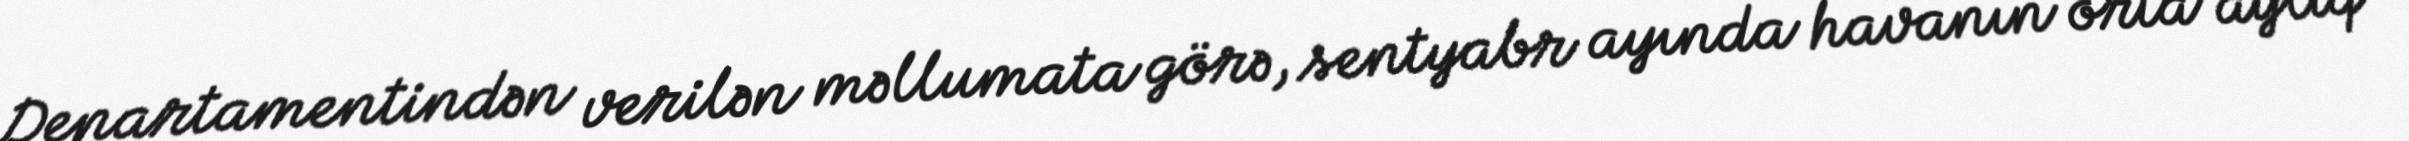
Departamentindən verilən məllumata görə, sentyabr ayında havanın orta aylıq